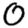
Digit: 0